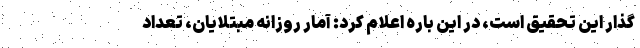
گذار این تحقیق است، در این باره اعلام کرد: آمار روزانه مبتلایان، تعداد